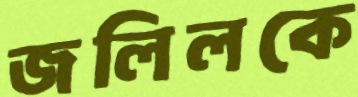
জলিলকে